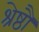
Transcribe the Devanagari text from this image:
श्रेष्ठौ